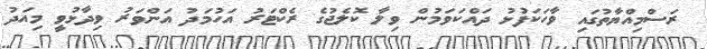
ރަސްމިއްޔާތުގައި ވާހަކަފުޅު ދައްކަވަމުން ވިލާ ކޮލެޖުގެ ރެކްޓަރު އަހުމަދު އަންވަރު ވިދާޅުވީ މިއަދު